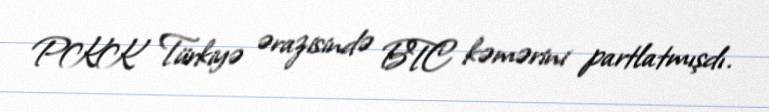
PKK Türkiyə ərazisində BTC kəmərini partlatmışdı.